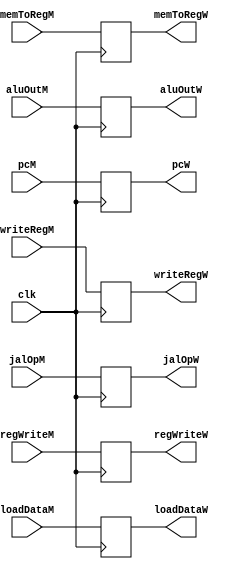
`timescale 1ns / 1ps
//////////////////////////////////////////////////////////////////////////////////
// Company: 
// Engineer: 
// 
// Design Name: 
// Module Name:    IM_IW 
// Project Name: 
// Target Devices: 
// Tool versions: 
// Description: 
//
// Dependencies: 
//
// Revision: 
// Revision 0.01 - File Created
// Additional Comments: 
//
//////////////////////////////////////////////////////////////////////////////////
module IM_IW(
    input clk,
    input regWriteM,
    input memToRegM,
    input jalOpM,
    input [31:0] loadDataM,
    input [31:0] aluOutM,
    input [31:0] pcM,
    input [4:0] writeRegM,
    output reg regWriteW ,
    output reg memToRegW ,
    output reg jalOpW ,
    output reg [31:0] loadDataW ,
    output reg [31:0] aluOutW ,
    output reg [31:0] pcW ,
    output reg [4:0] writeRegW 
    );
	 always@(posedge clk)begin
	    regWriteW <= regWriteM;
		 memToRegW <= memToRegM;
		 jalOpW <= jalOpM;
		 loadDataW <= loadDataM;
		 aluOutW <= aluOutM;
		 pcW <= pcM;
		 writeRegW <= writeRegM;
	 end


endmodule